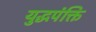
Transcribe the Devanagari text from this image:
युद्धपंक्ति